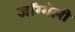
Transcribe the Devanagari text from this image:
जॉग्गेली